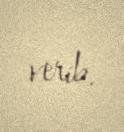
verib.